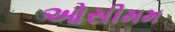
ઓસીમમ